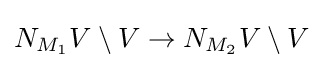
N_{M_{1}}V\setminus V\to N_{M_{2}}V\setminus V